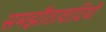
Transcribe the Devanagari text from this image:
समझौतावादियों